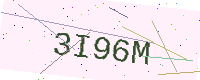
Text: 3I96M